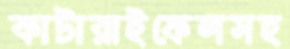
কাটারাইফেলসহ